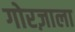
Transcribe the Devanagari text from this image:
गोरज़ाला